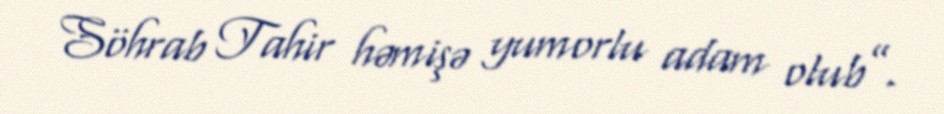
Söhrab Tahir həmişə yumorlu adam olub”.